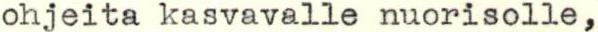
ohjeita kasvavalle nuorisolle,